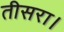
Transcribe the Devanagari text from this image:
तीसरा।